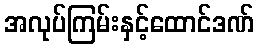
အလုပ်ကြမ်းနှင့်ထောင်ဒဏ်